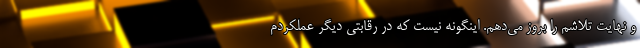
و نهایت تلاشم را بروز می‌دهم. اینگونه نیست که در رقابتی دیگر عملکردم